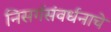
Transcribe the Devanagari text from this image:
निसर्गसंवर्धनाचे